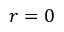
r = 0